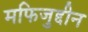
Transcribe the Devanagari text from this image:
मफिजुद्दीन